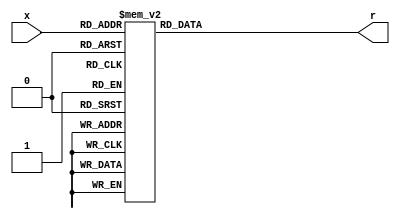
`timescale 1ns / 1ps
//////////////////////////////////////////////////////////////////////////////////
// Company: 
// Engineer: 
// 
// Design Name: 
// Module Name: hex_to_7seg
// Project Name: 
// Target Devices: 
// Tool Versions: 
// Description: 
// 
// Dependencies: 
// 
// Revision:
// Revision 0.01 - File Created
// Additional Comments:
// 
//////////////////////////////////////////////////////////////////////////////////


module hex_to_7seg(
    input[3:0] x,
    output reg[6:0] r
    );

always @(*)
    case(x)
        4'b0000: r = 7'b0000001;
        4'b0001: r = 7'b1001111;
        4'b0010: r = 7'b0010010;
        4'b0011: r = 7'b0000110;
        4'b0100: r = 7'b1001100;
        4'b0101: r = 7'b0100100;
        4'b0110: r = 7'b0100000;
        4'b0111: r = 7'b0001111;
        4'b1000: r = 7'b0000000;
        4'b1001: r = 7'b0001100;
        4'b1010: r = 7'b0001000;
        4'b1011: r = 7'b1100000;
        4'b1100: r = 7'b0110001;
        4'b1101: r = 7'b1000010;
        4'b1110: r = 7'b0110000;
        4'b1111: r = 7'b0111000;
    endcase

endmodule